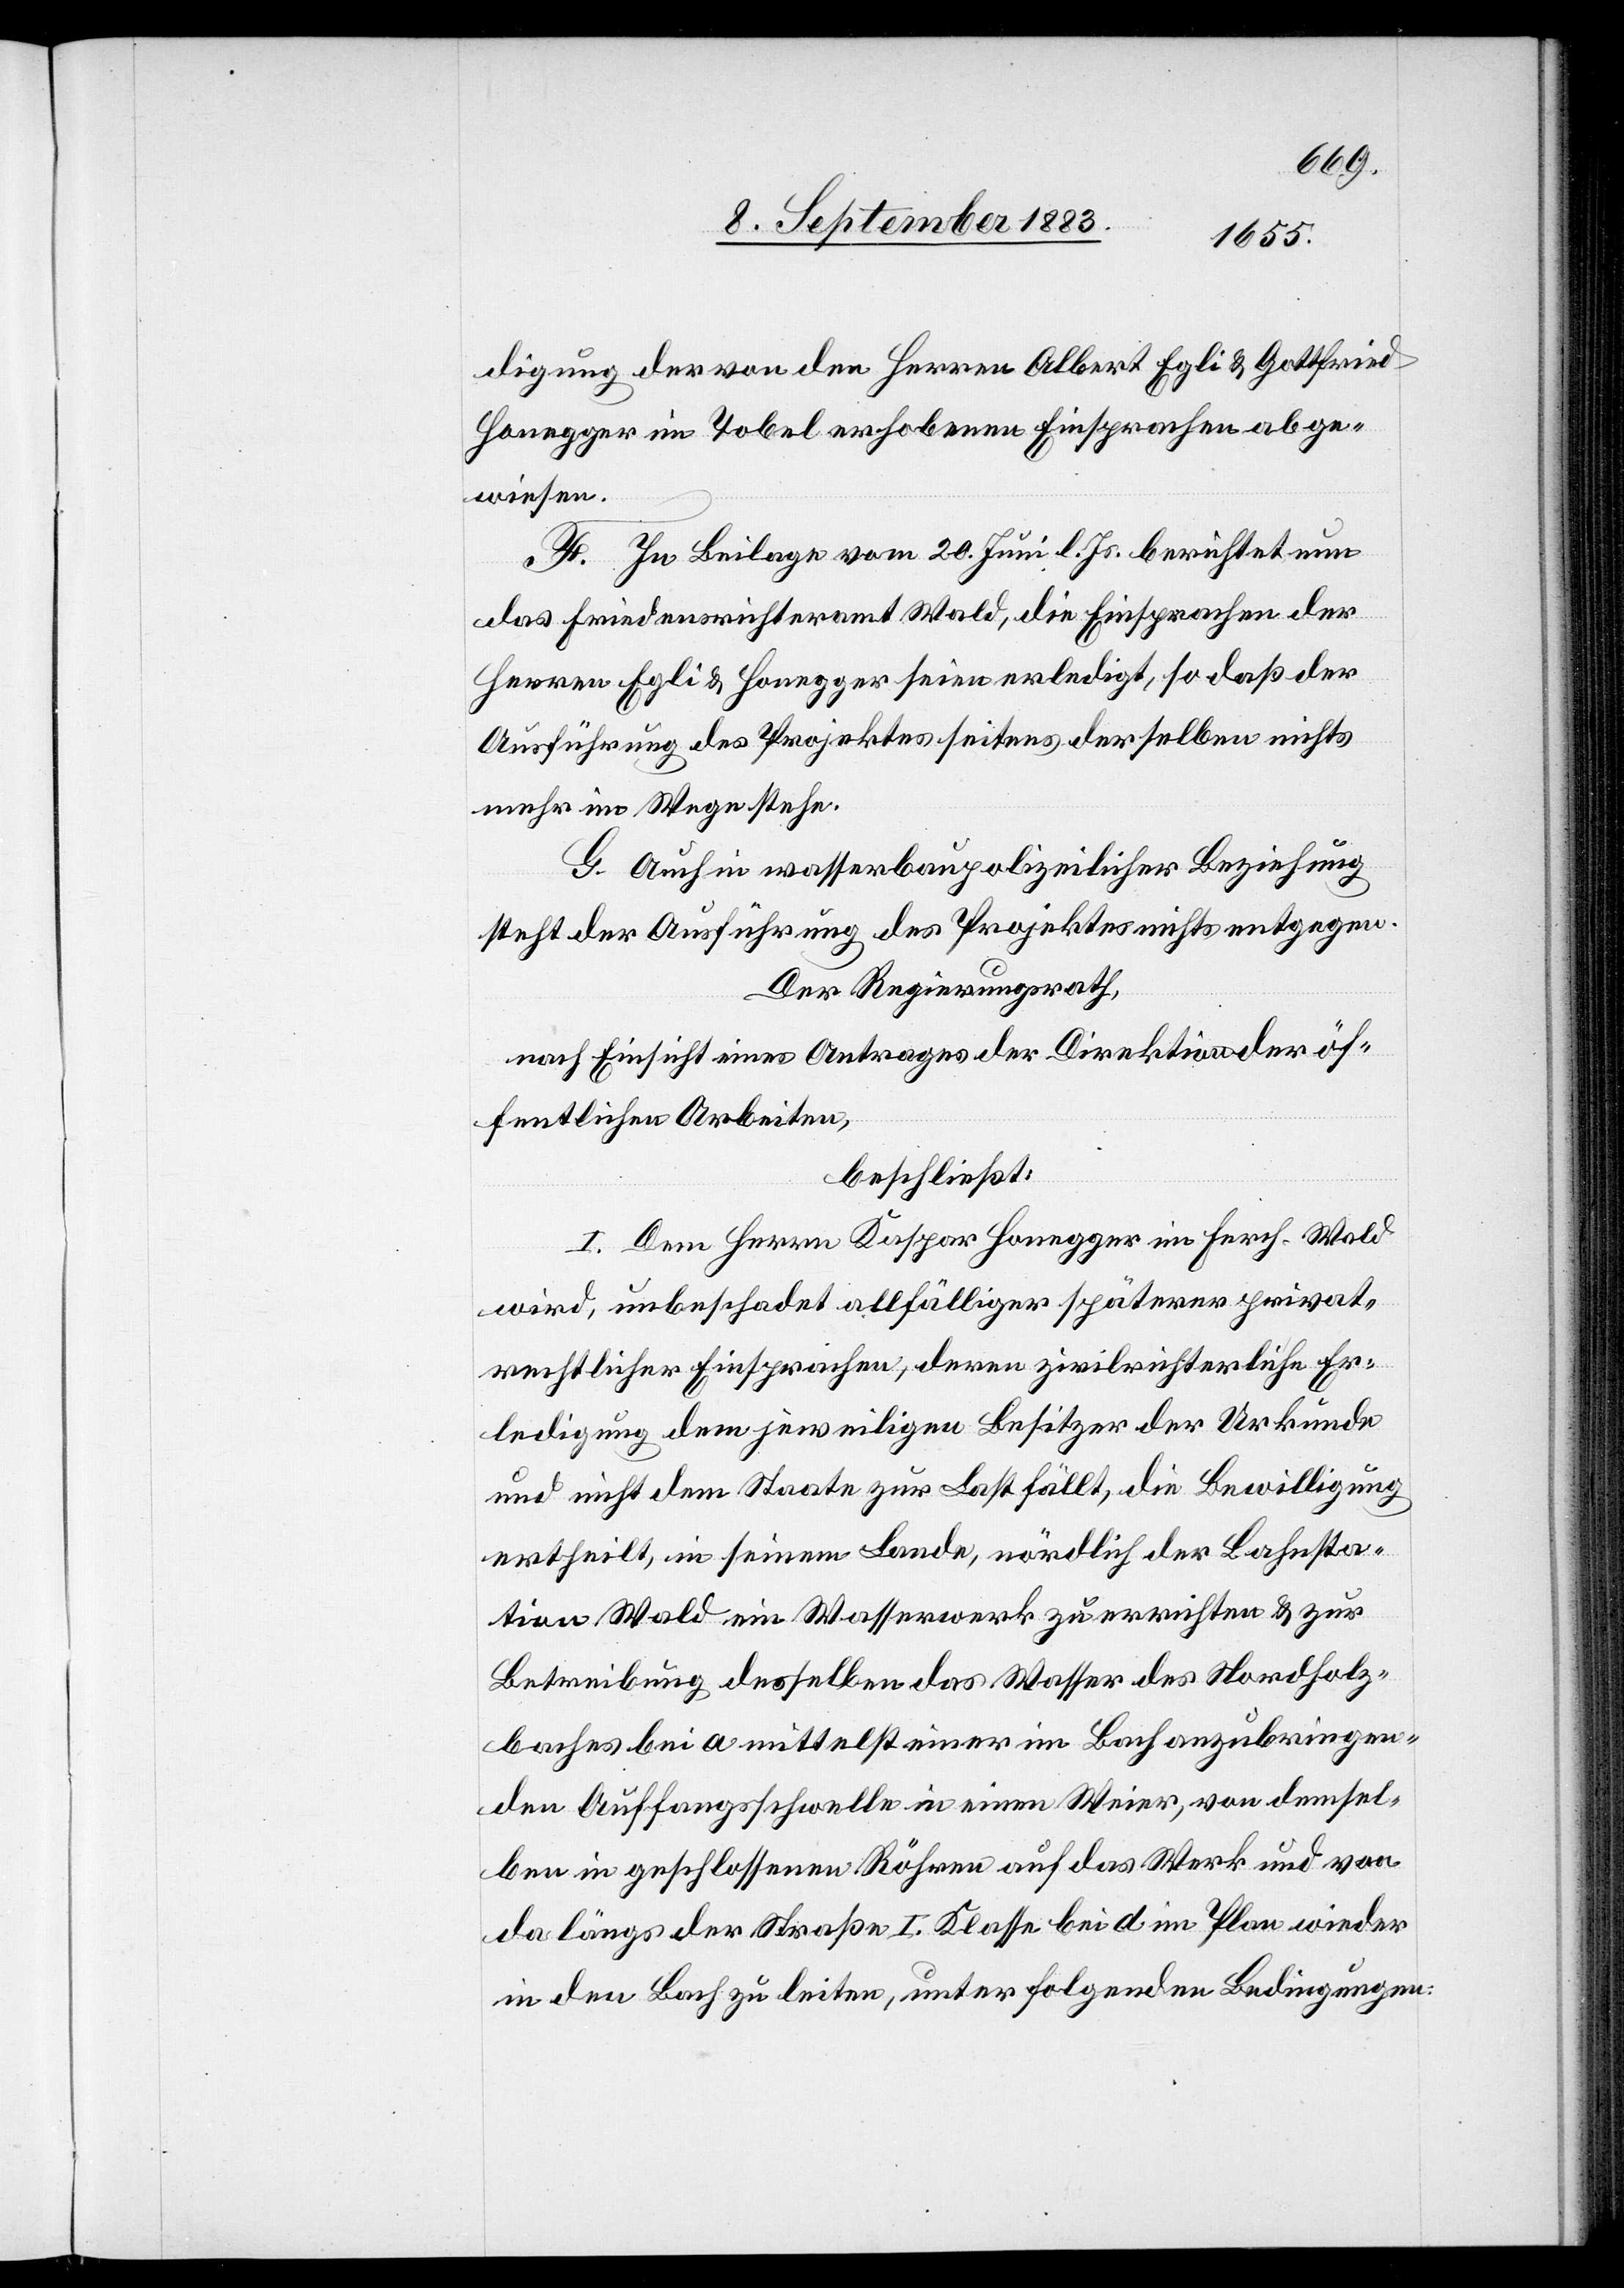
digung der von den Herren Albert Ehli & Gottfired
Honegger im Tobel erhobenen Einsprachen abge¬
wiesen.
F. In Beilage vom 20. Juni l. Js. berichtet nun
das Friedensrichteramt Wald, die Einsprachen der
Herren Egli & Honegger seien erledigt, so daß der
Ausführung des Projektes seitens derselben nichts
mehr im Wege stehe.
G. Auch in wasserbaupolizeilicher Beziehung
steht der Ausführung des Projektes nichts entgegen.
Der Regierungsrath,
nach Einsicht eines Antrages der Direktion der öf¬
fentlichen Arbeiten,
beschließt:
I. Dem Herrn Kaspar Honegger im Ferch - Wald
wird, unbeschadet allfälliger späterer privat¬
rechtlicher Einsprachen, deren zivilrichterliche Er¬
ledigung dem jeweiligen Besitzer der Urkunde
und nicht dem Staate zur Last fällt, die Bewilligung
ertheilt, in seinem Lande, nördlich den Bahnsta¬
tion Wald ein Wasserwerk zu errichten & zur
Betreibung desselben das Wasser des Nordholz¬
baches bei a mittelst einer im Bach anzubringen¬
den Auffangsschwelle in einen Weier, von demsel¬
ben in geschlossenen Röhren auf das Werk und von
da längs der Straße I. Klasse bei d im Plan wieder
in den Bach zu leiten, unter folgenden Bedingungen: